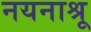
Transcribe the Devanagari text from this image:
नयनाश्रू